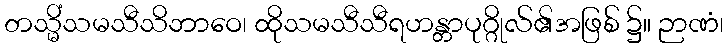
တသ္မိံသမသီသိဘာဝေ၊ ထိုသမသီသီရဟန္တာပုဂ္ဂိုလ်၏အဖြစ် ၌။ ဉာဏံ၊